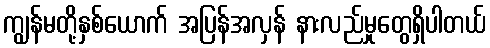
ကျွန်မတို့နှစ်ယောက် အပြန်အလှန် နားလည်မှုတွေရှိပါတယ်